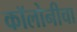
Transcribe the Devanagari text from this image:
कॉलोनीचा